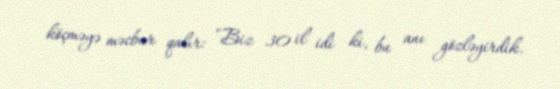
köçməyə məcbur qalır: “Biz 30 il idi ki, bu anı gözləyirdik.